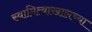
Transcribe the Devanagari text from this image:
स्वामित्वाखालच्या